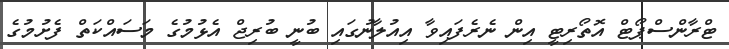
ޓްރާންސްޕޯޓް އޮތޯރިޓީ އިން ނެރެފައިވާ އިއުލާނުގައި ބުނީ ބުރިޖް އެޅުމުގެ މަސައްކަތް ފެށުމުގެ